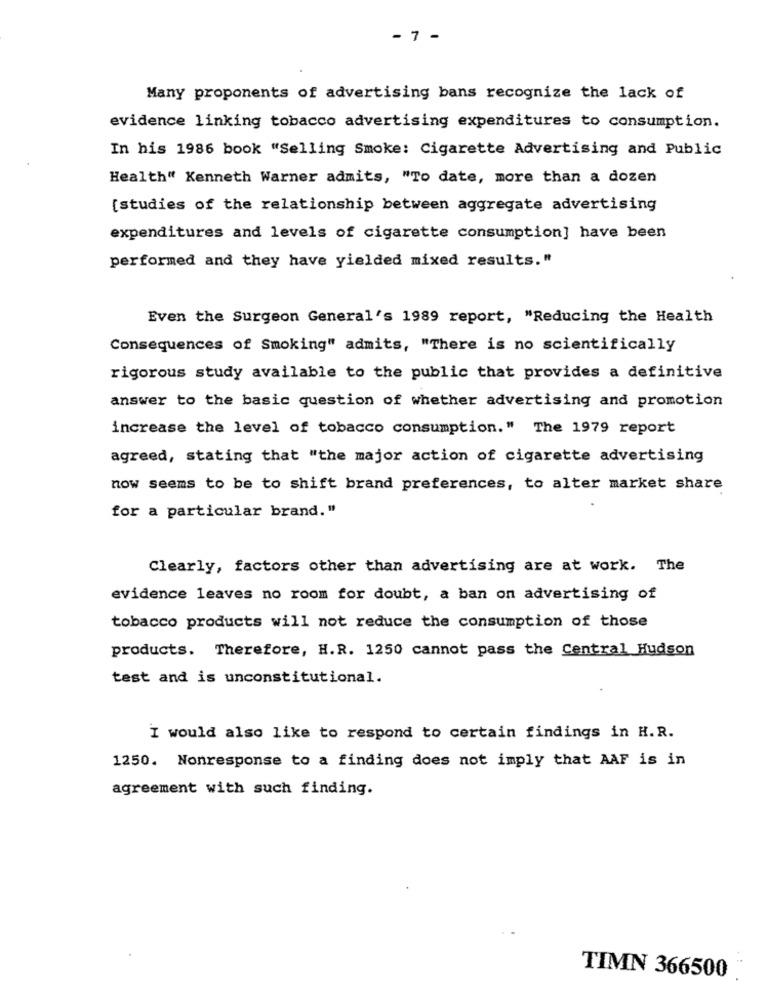
- 7 -
Many proponents of advertising bans recognize the lack of
evidence linking tobacco advertising expenditures to consumption.
In his 1986 book "Selling Smoke: Cigarette Advertising and Public
Health" Kenneth Warner admits, "To date, more than a dozen
[studies of the relationship between aggregate advertising
expenditures and levels of cigarette consumption] have been
performed and they have yielded mixed results. "
Even the Surgeon General's 1989 report, "Reducing the Health
Consequences of Smoking" admits, "There is no scientifically
rigorous study available to the public that provides a definitive
answer to the basic question of whether advertising and promotion
increase the level of tobacco consumption." The 1979 report
agreed, stating that "the major action of cigarette advertising
now seems to be to shift brand preferences, to alter market share
for a particular brand. "
Clearly, factors other than advertising are at work. The
evidence leaves no room for doubt, a ban on advertising of
tobacco products will not reduce the consumption of those
products. Therefore, H.R. 1250 cannot pass the Central Hudson
test and is unconstitutional.
I would also like to respond to certain findings in H.R.
1250. Nonresponse to a finding does not imply that AAF is in
agreement with such finding.
TIMN 366500